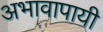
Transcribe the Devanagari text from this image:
अभावापायी